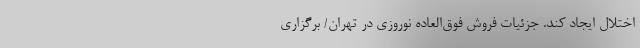
اختلال ایجاد کند. جزئیات فروش فوق‌العاده نوروزی در تهران/ برگزاری